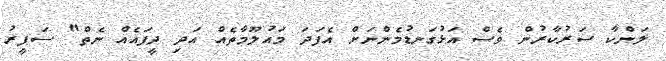
ލަންކާ ސަރުކާރުން ވެސް އަޅުގަނޑުމެންނަށް އެފަދަ މައުލޫމާތެއް އަދި ދީފައެއް ނެތް" ސަފީރު